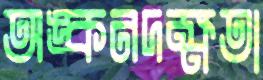
অঙ্কনদক্ষতা